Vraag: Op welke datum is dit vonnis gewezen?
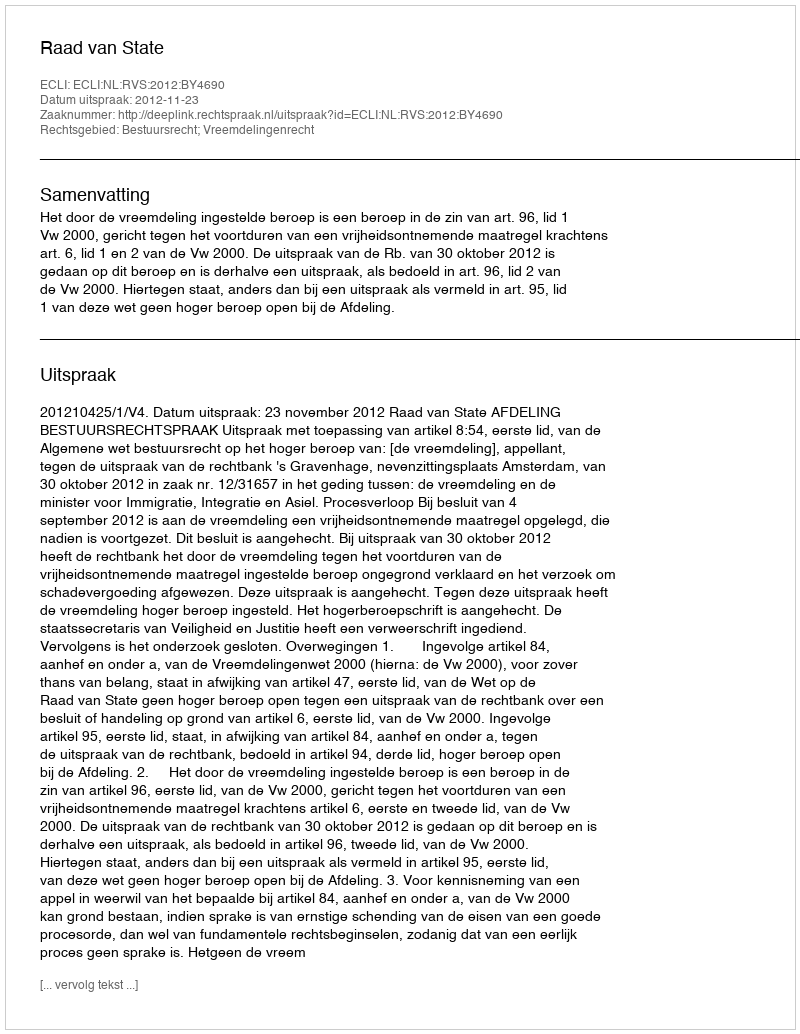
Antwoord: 2012-11-23